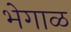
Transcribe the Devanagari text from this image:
भेगाळ